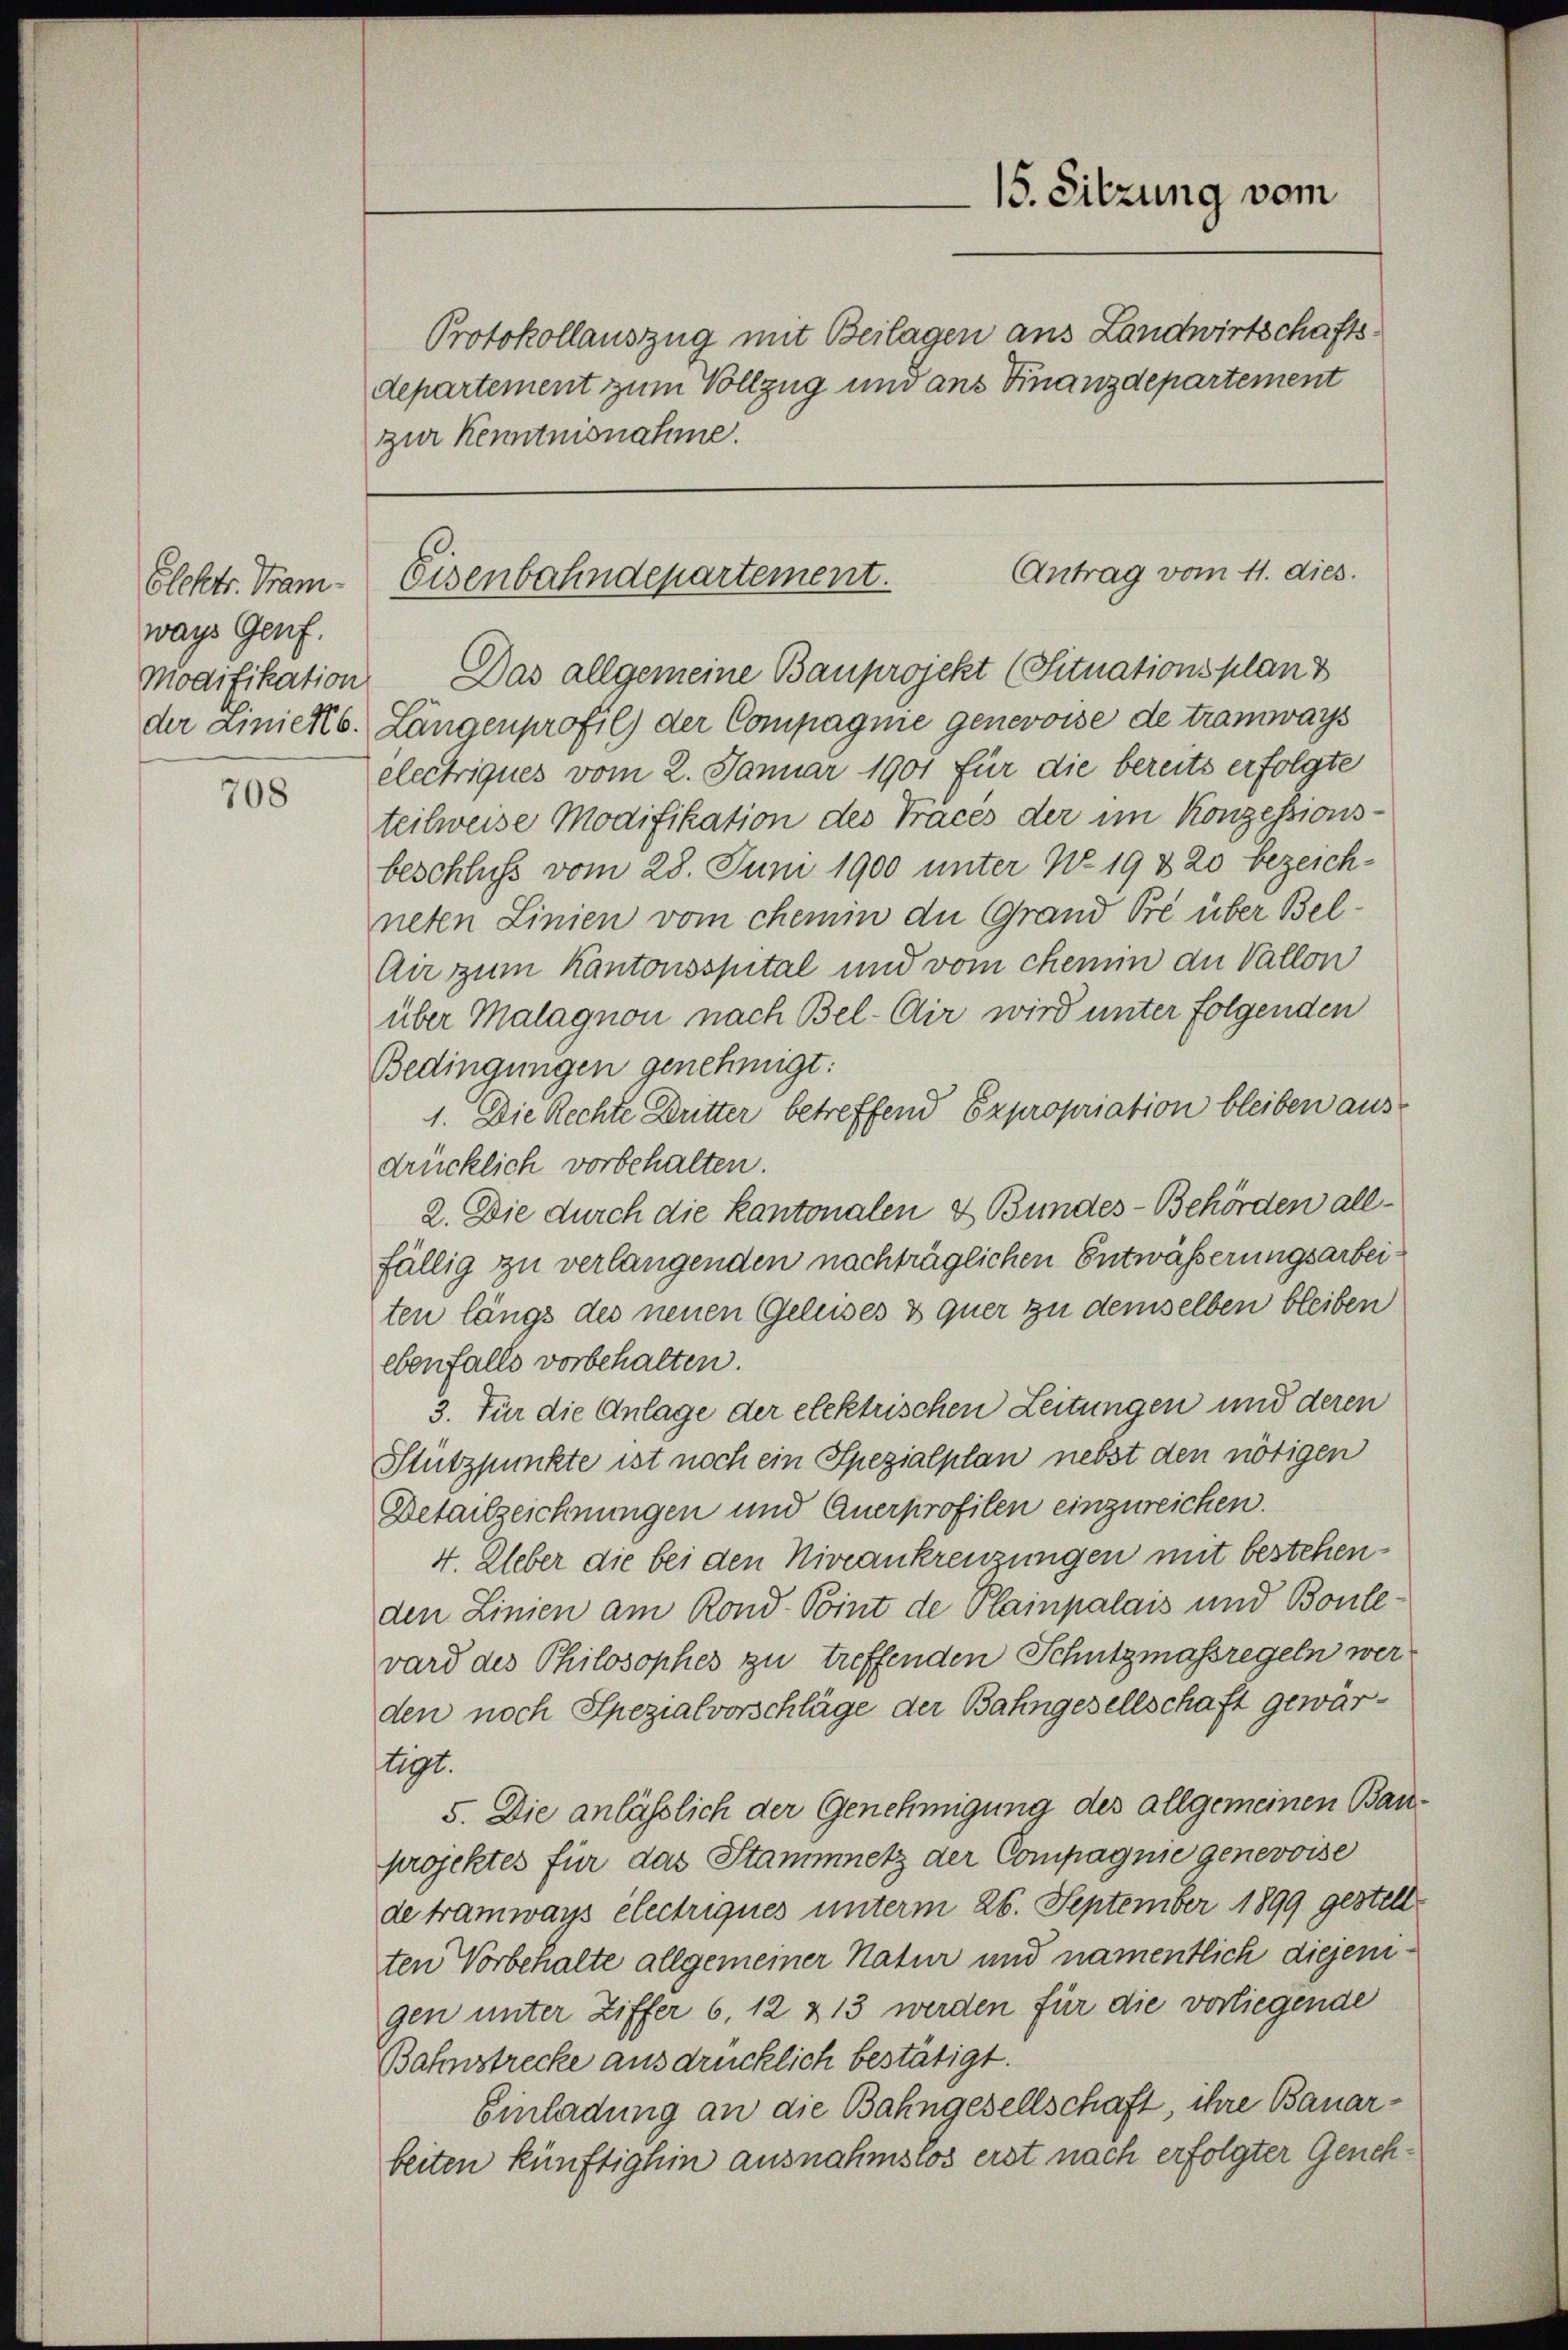
Elektr. Tramways Genf.
Modifikation
der Linien 6.

708

15. Sitzung vom

Protokollauszug mit Beilagen aus Landwirtschaftsdepartement zum Vollzug und ans Finanzdepartement
zur Kenntnisnahme.

Antrag vom 11. dies.
Eisenbahndepartement.

Das allgemeine Bauprojekt (Situationsplanz
Längenprofil) der Compagnie genevoise de tramways
electriques vom 2. Januar 1901 für die bereits erfolgte
teilweise Modifikation des Tracés der im Konzessions-
beschluss vom 28. Juni 1900 unter No. 19 & 20 bezeichneten Linien vom chemin die Grand Pré über Bel¬
Air zum Kantonsspital und vom chem an Vallon
über Malagnon nach Bel-Air wird unter folgenden
Bedingungen genehmigt:
1. Die Rechte Dritter betreffend Expropriation bleiben aus
drücklich vorbehalten.
2. Die durch die Kantonalen & Bundes-Behörden allfällig zu verlangenden nachträglichen Entwässerungsarbeiten längs des neuen Geleises & quer zu demselben bleiben
ebenfalls vorbehalten.
3. Für die Anlage der elektrischen Leitungen und deren
Stützpunkte ist noch ein Spezialplan nebst den nötigen
Detailzeichnungen und Anerprofilen einzureichen.
4. Ueber die bei den Niveankreuzungen mit bestehenden Linien am Rond-Point de Plainpalais und Bonlevard des Philosophes zu treffenden Schutzmassregeln werden noch Spezialvorschläge der Bahngesellschaft gewärtigt.
5. Die anlässlich der Genehmigung des allgemeinen Bauprojektes für das Stammnetz der Compagnie genevoise
de tramways électriques unterm 26. September 1899 gestellten Vorbehalte allgemeiner Natur und namentlich diejenigen unter Ziffer 6, 12 & 13 werden für die vorliegende
Bahnstrecke ausdrücklich bestätigt.
Einladung an die Bahngesellschaft, ihre Bauarbeiten künftighin ausnahmstos erst nach erfolgter Geneh¬